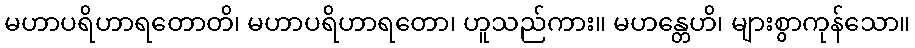
မဟာပရိဟာရတောတိ၊ မဟာပရိဟာရတော၊ ဟူသည်ကား။ မဟန္တေဟိ၊ များစွာကုန်သော။